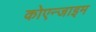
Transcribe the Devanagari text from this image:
कोएन्जाइम